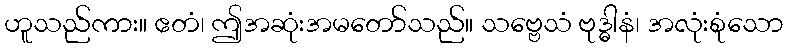
ဟူသည်ကား။ ဧတံ၊ ဤအဆုံးအမတော်သည်။ သဗ္ဗေသံ ဗုဒ္ဓါနံ၊ အလုံးစုံသော